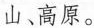
山、高原。